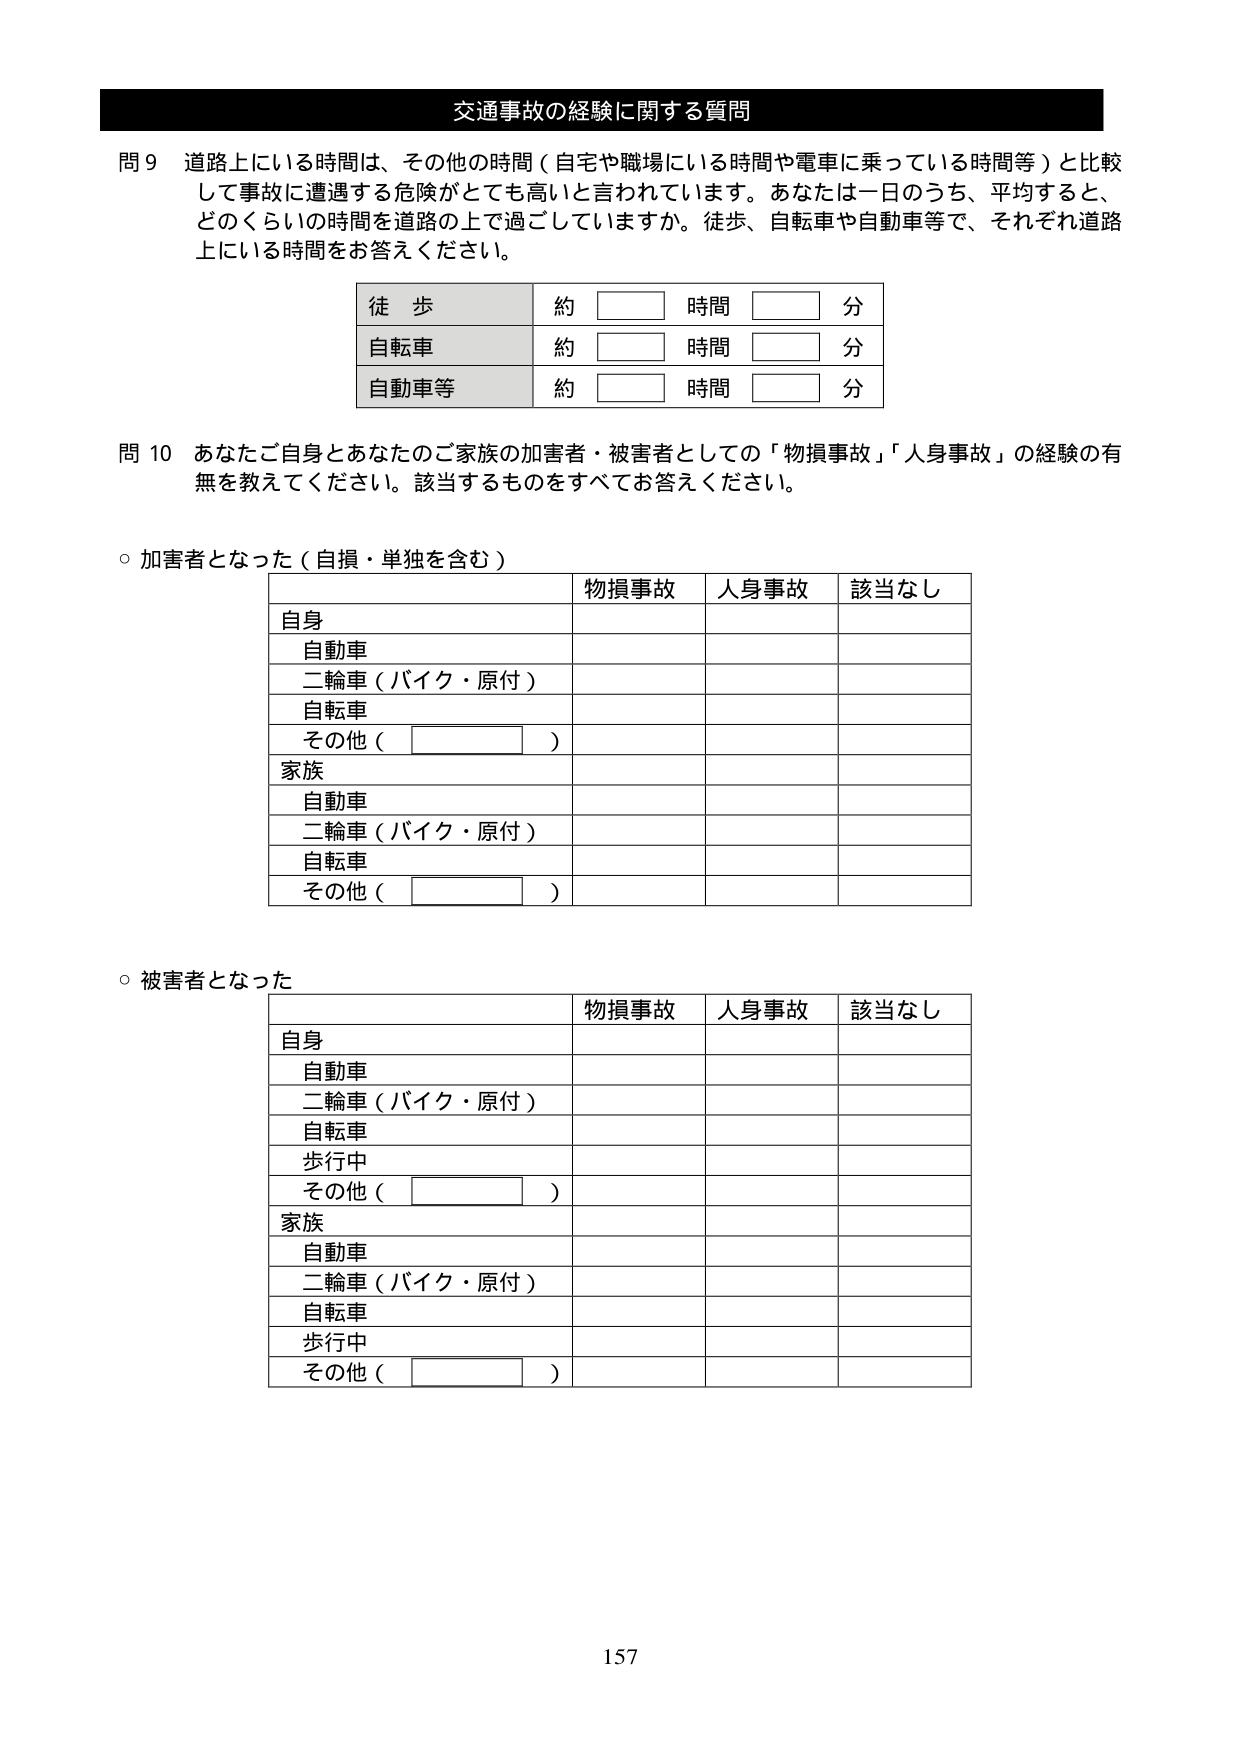
交通事故の経験に関する質問

問９ 道路上にいる時間は、その他の時間（自宅や職場にいる時間や電車に乗っている時間等）と比較して事故に遭遇する危険がとても高いと言われています。あなたは一日のうち、平均すると、どのくらいの時間を道路の上で過ごしていますか。徒歩、自転車や自動車等で、それぞれ道路上にいる時間をお答えください。

徒 歩 約 □ 時間 □ 分
自転車 約 □ 時間 □ 分
自動車等 約 □ 時間 □ 分

問10 あなたご自身とあなたのご家族の加害者・被害者としての「物損事故」「人身事故」の経験の有無を教えてください。該当するものをすべてお答えください。

○ 加害者となった（自損・単独を含む）

| | 物損事故 | 人身事故 | 該当なし |
|---|---|---|---|
| 自身 | | | |
| 自動車 | | | |
| 二輪車（バイク・原付） | | | |
| 自転車 | | | |
| その他（□） | | | |
| 家族 | | | |
| 自動車 | | | |
| 二輪車（バイク・原付） | | | |
| 自転車 | | | |
| その他（□） | | | |

○ 被害者となった

| | 物損事故 | 人身事故 | 該当なし |
|---|---|---|---|
| 自身 | | | |
| 自動車 | | | |
| 二輪車（バイク・原付） | | | |
| 自転車 | | | |
| 歩行中 | | | |
| その他（□） | | | |
| 家族 | | | |
| 自動車 | | | |
| 二輪車（バイク・原付） | | | |
| 自転車 | | | |
| 歩行中 | | | |
| その他（□） | | | |

157